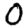
Digit: 0